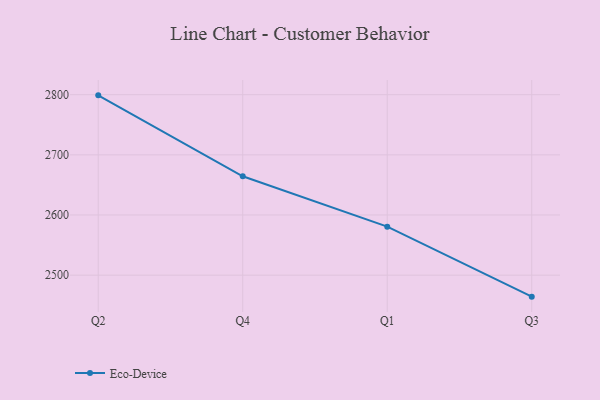
{"axis": {"x": "Quarter", "y": "Temperature (°C)"}, "legend": ["Eco-Device"], "data": [{"x": "Q2", "y": 2798.9, "type": "Eco-Device"}, {"x": "Q4", "y": 2664.4, "type": "Eco-Device"}, {"x": "Q1", "y": 2580.6, "type": "Eco-Device"}, {"x": "Q3", "y": 2464.3, "type": "Eco-Device"}]}